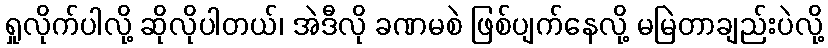
ရှုလိုက်ပါလို့ ဆိုလိုပါတယ်၊ အဲဒီလို ခဏမစဲ ဖြစ်ပျက်နေလို့ မမြဲတာချည်းပဲလို့